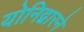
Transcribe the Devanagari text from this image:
योनिद्वारने